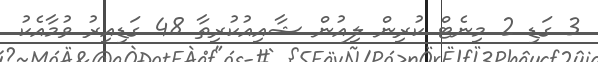
3 ގަޑި 2 މިނެޓް ކުރިން ލިއުން ޝާއިއުކުރިތާ 48 ގަޑިއިރު ވުމާއެކު